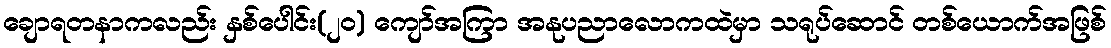
ချောရတနာကလည်း နှစ်ပေါင်း(၂၀) ကျော်အကြာ အနုပညာလောကထဲမှာ သရုပ်ဆောင် တစ်ယောက်အဖြစ်